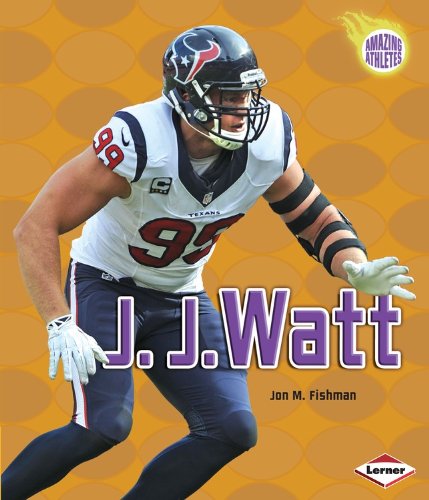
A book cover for J. J. Watt (Amazing Athletes); Jon M. Fishman; Children's Books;